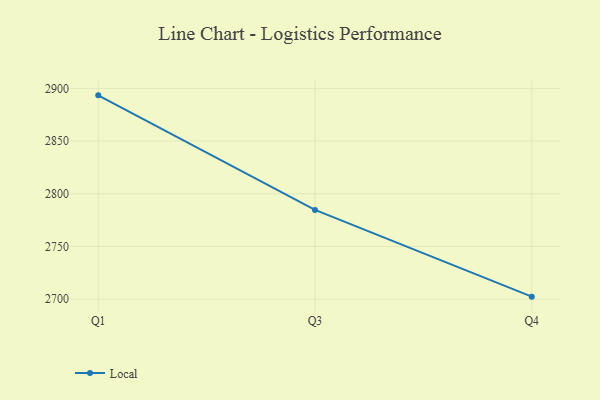
{"axis": {"x": "Quarter", "y": "Budget (USD K)"}, "legend": ["Local"], "data": [{"x": "Q1", "y": 2893.4, "type": "Local"}, {"x": "Q3", "y": 2784.7, "type": "Local"}, {"x": "Q4", "y": 2702.4, "type": "Local"}]}